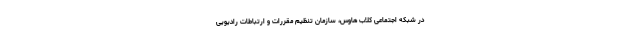
در شبکه اجتماعی کلاب هاوس، سازمان تنظیم مقررات و ارتباطات رادیویی